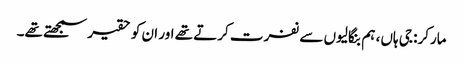
مارکر: جی ہاں، ہم بنگالیوں سے نفرت کرتے تھے اور ان کو حقیر سمجھتے تھے۔